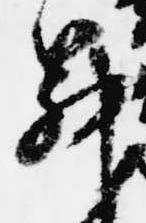
昇